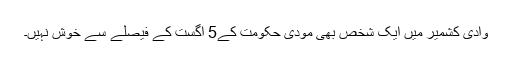
وادی کشمیر میں ایک شخص بھی مودی حکومت کے5 اگست کے فیصلے سے خوش نہیں۔